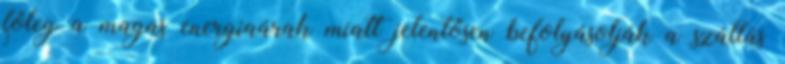
főleg a magas energiaárak miatt jelentősen befolyásolják a szállás